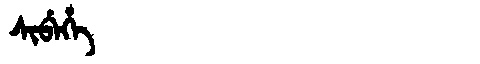
Manchu: ᠰᡳᠪᡝᡥᡝ
Romanization: SIBEHE